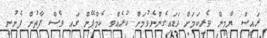
ރައީސް ޔާމީން ވެރިކަމަށް ވަޑައިގެންނެވުމަށް ކުރެއްވި ކެމްޕޭން ގައި ވެސް ފާތުން ފެނުނީ